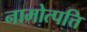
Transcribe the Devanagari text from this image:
नामोत्पत्ति